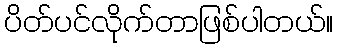
ပိတ်ပင်လိုက်တာဖြစ်ပါတယ်။